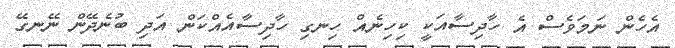
އެހެން ނަމަވެސް އެ ހާދިސާއަކީ ކިހިނެއް ހިނގި ހާދިސާއެއްކަން އަދި ބުނެދޭން ނޭނގޭ